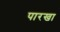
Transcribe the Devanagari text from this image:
पारखा